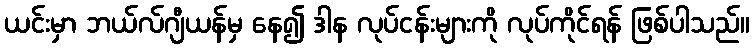
ယင်းမှာ ဘယ်လ်ဂျီယန်မှ နေ၍ ဒါန လုပ်ငန်းများကို လုပ်ကိုင်ရန် ဖြစ်ပါသည်။